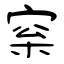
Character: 梥